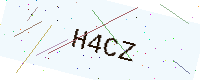
Text: H4CZ